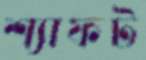
শ্যাফট